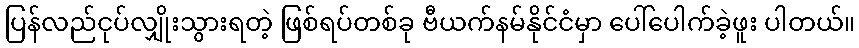
ပြန်လည်ငုပ်လျှိုးသွားရတဲ့ ဖြစ်ရပ်တစ်ခု ဗီယက်နမ်နိုင်ငံမှာ ပေါ်ပေါက်ခဲ့ဖူး ပါတယ်။